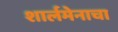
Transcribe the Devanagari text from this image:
शार्लमेनाचा